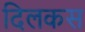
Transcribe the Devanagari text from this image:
दिलकस